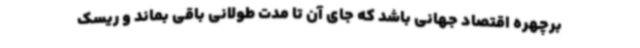
برچهره اقتصاد جهانی باشد که جای آن تا مدت طولانی باقی بماند و ریسک